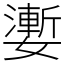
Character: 嬱